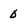
Character: 0